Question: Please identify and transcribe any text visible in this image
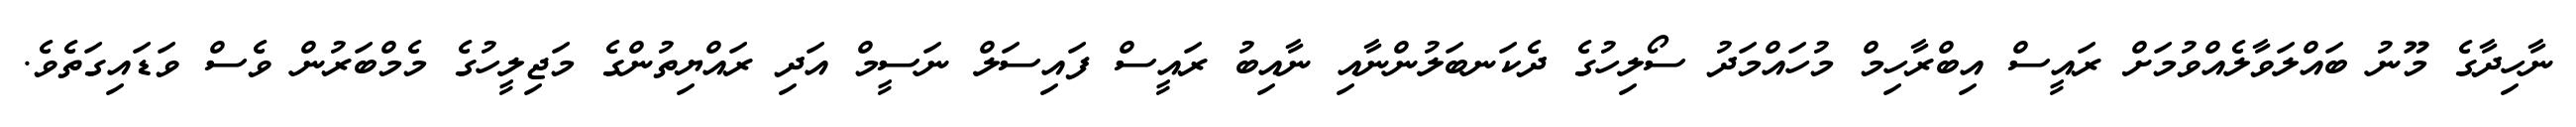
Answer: ނާހިދާގެ މޫނު ބައްލަވާލެއްވުމަށް ރައީސް އިބްރާހިމް މުހައްމަދު ސޯލިހުގެ ދެކަނބަލުންނާއި ނާއިބު ރައީސް ފައިސަލް ނަސީމް އަދި ރައްޔިތުންގެ މަޖިލީހުގެ މެމްބަރުން ވެސް ވަޑައިގަތެވެ.